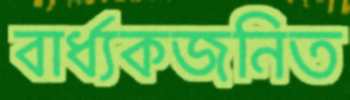
বার্ধ্যকজনিত